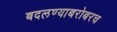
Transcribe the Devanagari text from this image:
बदलण्याबरोबरच